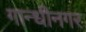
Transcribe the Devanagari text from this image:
गान्धीनगर